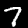
Label: 7